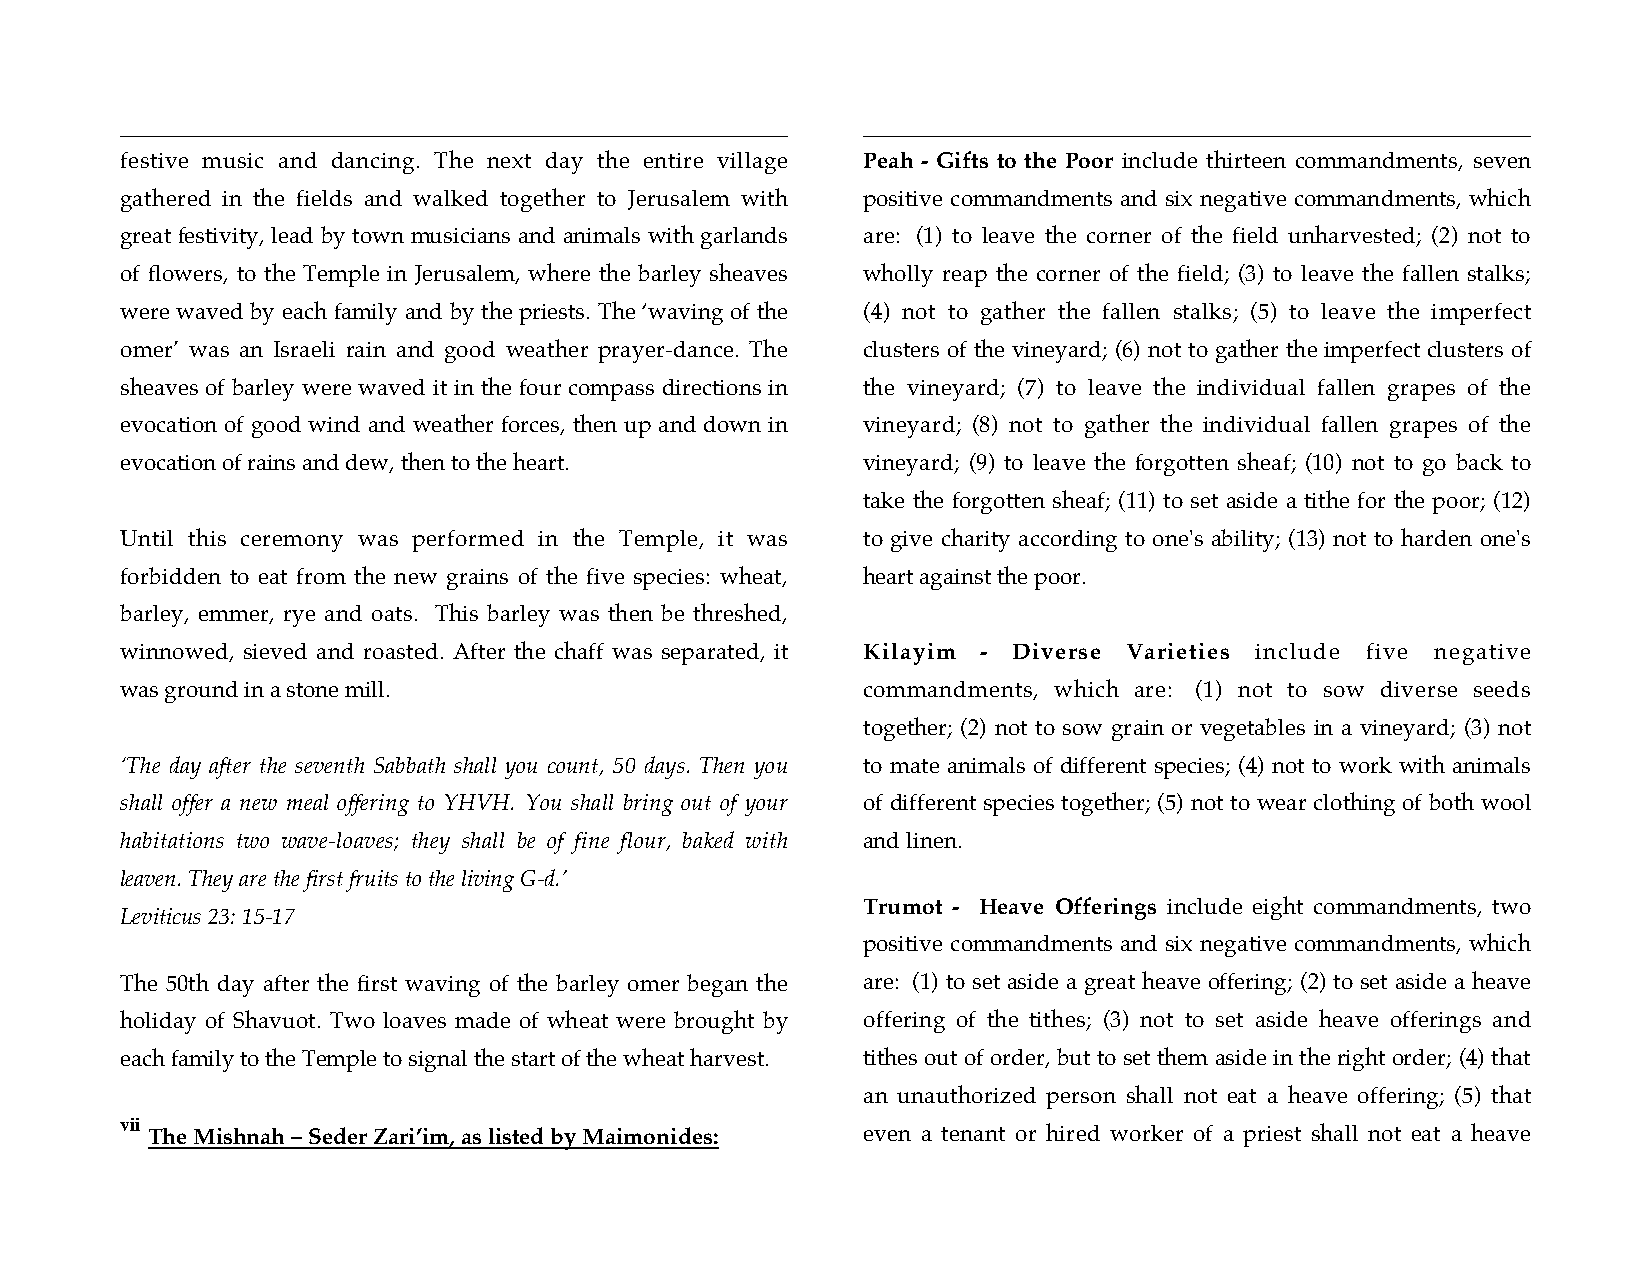
festive music and dancing. The next day the entire village Peah - Gifts to the Poor include thirteen commandments, seven
 gathered in the fields and walked together to Jerusalem with positive commandments and six negative commandments, which
 great festivity, lead by town musicians and animals with garlands are: (1) to leave the corner of the field unharvested; (2) not to
 of flowers, to the Temple in Jerusalem, where the barley sheaves wholly reap the corner of the field; (3) to leave the fallen stalks;
 were waved by each family and by the priests. The ‘waving of the (4) not to gather the fallen stalks; (5) to leave the imperfect
 omer’ was an Israeli rain and good weather prayer-dance. The clusters of the vineyard; (6) not to gather the imperfect clusters of
 sheaves of barley were waved it in the four compass directions in the vineyard; (7) to leave the individual fallen grapes of the
 evocation of good wind and weather forces, then up and down in vineyard; (8) not to gather the individual fallen grapes of the
 evocation of rains and dew, then to the heart.   vineyard; (9) to leave the forgotten sheaf; (10) not to go back to
 take the forgotten sheaf; (11) to set aside a tithe for the poor; (12)
 Until this ceremony was performed in the Temple, it was to give charity according to one's ability; (13) not to harden one's
 forbidden to eat from the new grains of the five species: wheat, heart against the poor.
 barley, emmer, rye and oats. This barley was then be threshed,
 winnowed, sieved and roasted. After the chaff was separated, it Kilayim - Diverse Varieties include five negative
 was ground in a stone mill.                      commandments, which are: (1) not to sow diverse seeds
 together; (2) not to sow grain or vegetables in a vineyard; (3) not
 ‘The day after the seventh Sabbath shall you count, 50 days. Then you to mate animals of different species; (4) not to work with animals
 shall offer a new meal offering to YHVH. You shall bring out of your of different species together; (5) not to wear clothing of both wool
 habitations two wave-loaves; they shall be of fine flour, baked with and linen.
 leaven. They are the first fruits to the living G-d.’
 Trumot - Heave Offerings include eight commandments, two
 Leviticus 23: 15-17
 positive commandments and six negative commandments, which
 The 50th day after the first waving of the barley omer began the are: (1) to set aside a great heave offering; (2) to set aside a heave
 holiday of Shavuot. Two loaves made of wheat were brought by offering of the tithes; (3) not to set aside heave offerings and
 each family to the Temple to signal the start of the wheat harvest. tithes out of order, but to set them aside in the right order; (4) that
 an unauthorized person shall not eat a heave offering; (5) that
 vii
 The Mishnah – Seder Zari’im, as listed by Maimonides: even a tenant or hired worker of a priest shall not eat a heave